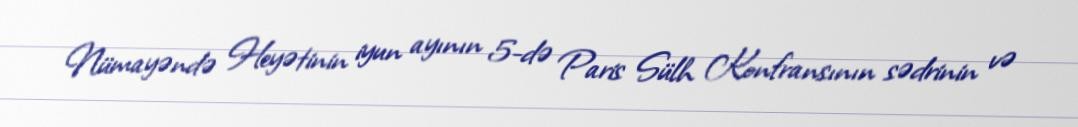
Nümayəndə Heyətinin iyun ayının 5-də Paris Sülh Konfransının sədrinin və